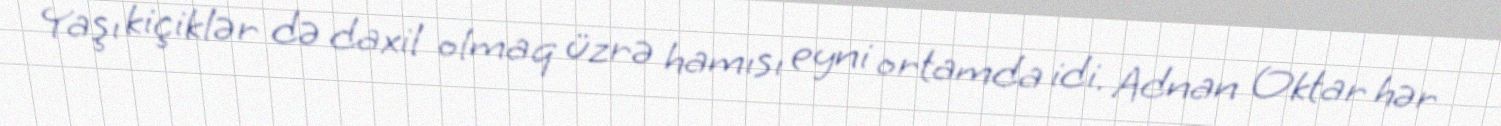
Yaşı kiçiklər də daxil olmaq üzrə hamısı eyni ortamda idi. Adnan Oktar hər